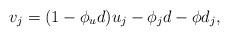
LaTeX: \begin{align*}v_j = (1 - \phi_u d) u_j -\phi_j d - \phi d_j,\end{align*}